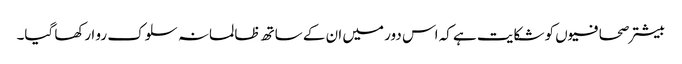
بیشتر صحافیوں کو شکایت ہے کہ اس دور میں ان کے ساتھ ظالمانہ سلوک رو ا رکھا گیا۔